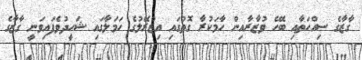
ގާޒާގެ ސިއްހަތާއި ބެހޭ ވުޒާރާއިން ހާމަކުރާ ގޮތުގައި އިޒްރޭލުގެ ހަމަލާގައި ޝަހީދުވެފައިވަނީ ގާޒާގެ